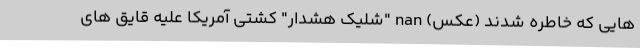
هایی که خاطره شدند (عکس) nan "شلیک هشدار" کشتی آمریکا علیه قایق های